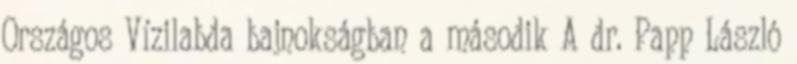
Országos Vízilabda bajnokságban a második A dr. Papp László